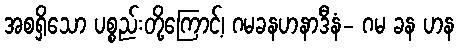
အစရှိသော ပစ္စည်းတို့ကြောင့်၊ ဂမခနဟနာဒီနံ- ဂမ ခန ဟန